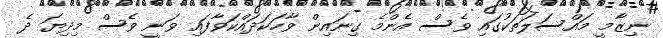
ނިޒާމީ މައްސަލަތަކުގައި ވެސް އެންމެ ގިނައިން ވާހަކަދައްކަވާފައި ވަނީ ވެސް މިދިޔަ ދެ